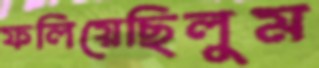
ফলিয়েছিলুম